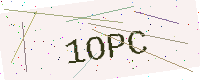
Text: 1OPC